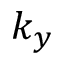
k _ { y }